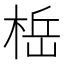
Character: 𬃆